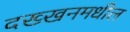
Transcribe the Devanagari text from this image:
दख्खनमधील